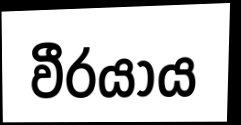
වීරයාය